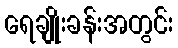
ရေချိုးခန်းအတွင်း